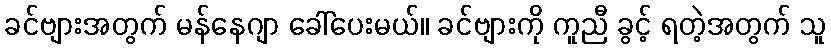
ခင်ဗျားအတွက် မန်နေဂျာ ခေါ်ပေးမယ်။ ခင်ဗျားကို ကူညီ ခွင့် ရတဲ့အတွက် သူ